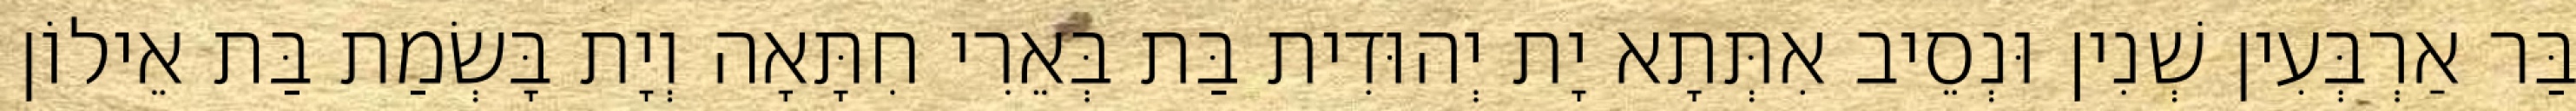
בַּר אַרְבְּעִין שְׁנִין וּנְסֵיב אִתְּתָא יָת יְהוּדִית בַּת בְּאֵרִי חִתָּאָה וְיָת בָּשְׂמַת בַּת אֵילוֹן